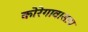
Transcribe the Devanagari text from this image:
कोरेगाव।साप